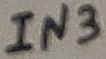
Text: IN3